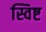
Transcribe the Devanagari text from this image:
स्विष्ट